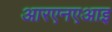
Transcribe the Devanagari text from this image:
आरएनएआइ